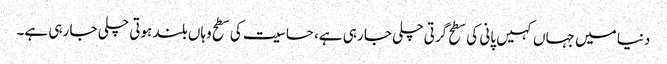
دنیا میں جہاں کہیں پانی کی سطح گرتی چلی جا رہی ہے، حساسیت کی سطح وہاں بلند ہوتی چلی جا رہی ہے۔